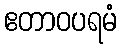
ဧတာဝပရမံ